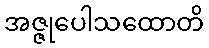
အဇ္ဇုပေါသထောတိ